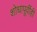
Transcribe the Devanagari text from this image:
शोधापूर्वीही